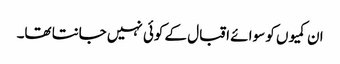
ان کمیوں کو سوا ئے اقبال کے کوئی نہیں جانتا تھا۔